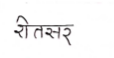
मजकूर: रीतसर